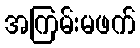
အကြမ်းမဖက်